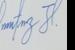
Signature authenticity: genuine